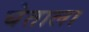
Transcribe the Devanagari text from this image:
घेताला